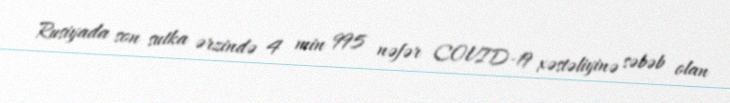
Rusiyada son sutka ərzində 4 min 995 nəfər COVID-19 xəstəliyinə səbəb olan